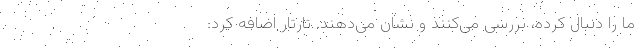
ما را دنبال کرده، بررسی می‌کنند و نشان می‌دهند. تارتار اضافه کرد: